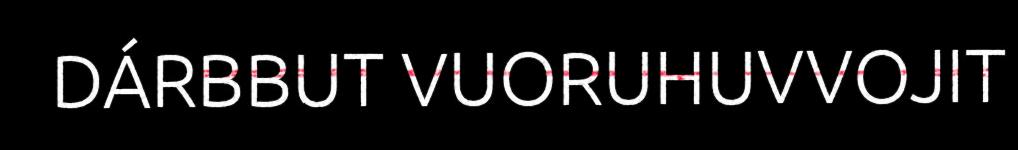
DÁRBBUT VUORUHUVVOJIT